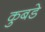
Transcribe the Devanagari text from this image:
कुबडे